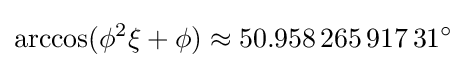
\arccos(\phi ^{2}\xi +\phi )\approx 50.958\,265\,917\,31^{\circ }